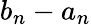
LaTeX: b_{n}-a_{n}